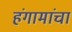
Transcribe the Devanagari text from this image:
हंगामांचा